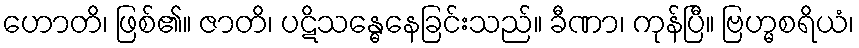
ဟောတိ၊ ဖြစ်၏။ ဇာတိ၊ ပဋိသန္ဓေနေခြင်းသည်။ ခီဏာ၊ ကုန်ပြီ။ ဗြဟ္မစရိယံ၊